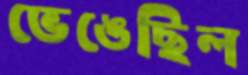
ভেঙেছিল